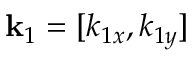
\mathbf { k } _ { 1 } = [ k _ { 1 x } , k _ { 1 y } ]